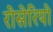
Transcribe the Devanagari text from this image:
रोसेरियो